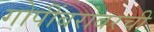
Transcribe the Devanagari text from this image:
गोपींबरोबरची